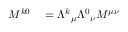
\begin{array} { r l } { M ^ { k 0 } } & { { } = { \Lambda ^ { k } } _ { \mu } { \Lambda ^ { 0 } } _ { \nu } M ^ { \mu \nu } } \end{array}